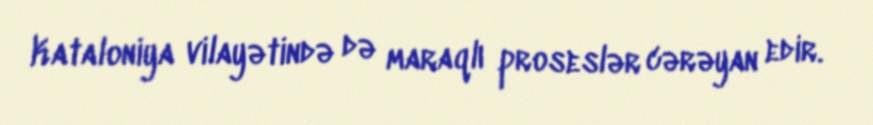
Kataloniya vilayətində də maraqlı proseslər cərəyan edir.